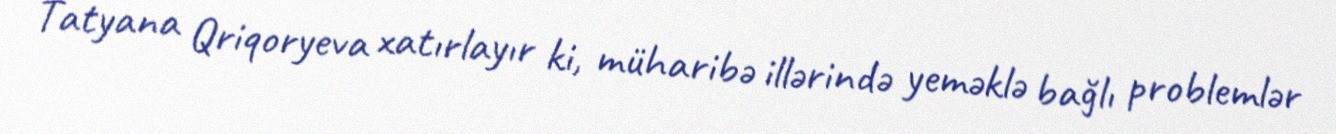
Tatyana Qriqoryeva xatırlayır ki, müharibə illərində yeməklə bağlı problemlər